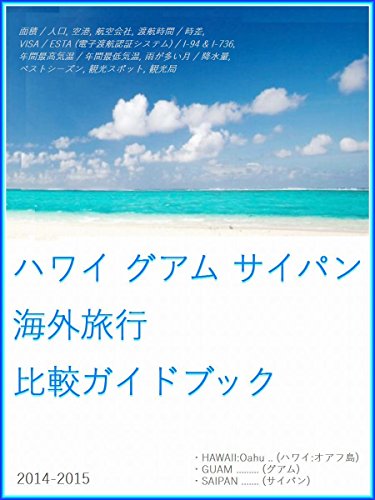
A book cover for HAWAII GUAM SAIPAN Overseas Travel Comparison Report - HAWAII Oahu GUAM SAIPAN - (Japanese Edition); Tatsuhiko Kadoya; Travel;